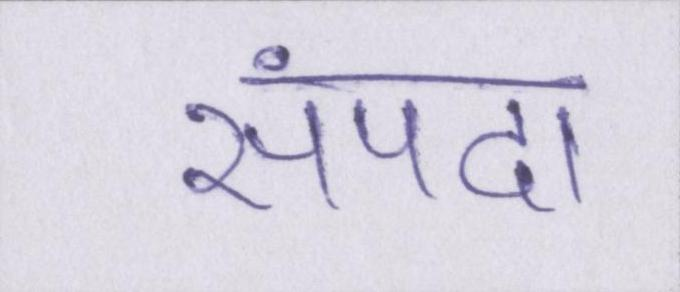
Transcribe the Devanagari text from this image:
संपदा